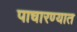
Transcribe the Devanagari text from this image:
पाचारण्यात